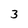
Character: 3